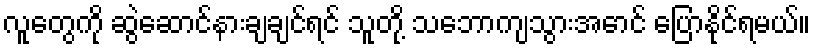
လူတွေကို ဆွဲဆောင်နားချချင်ရင် သူတို့ သဘောကျသွားအောင် ပြောနိုင်ရမယ်။